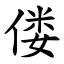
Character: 偻